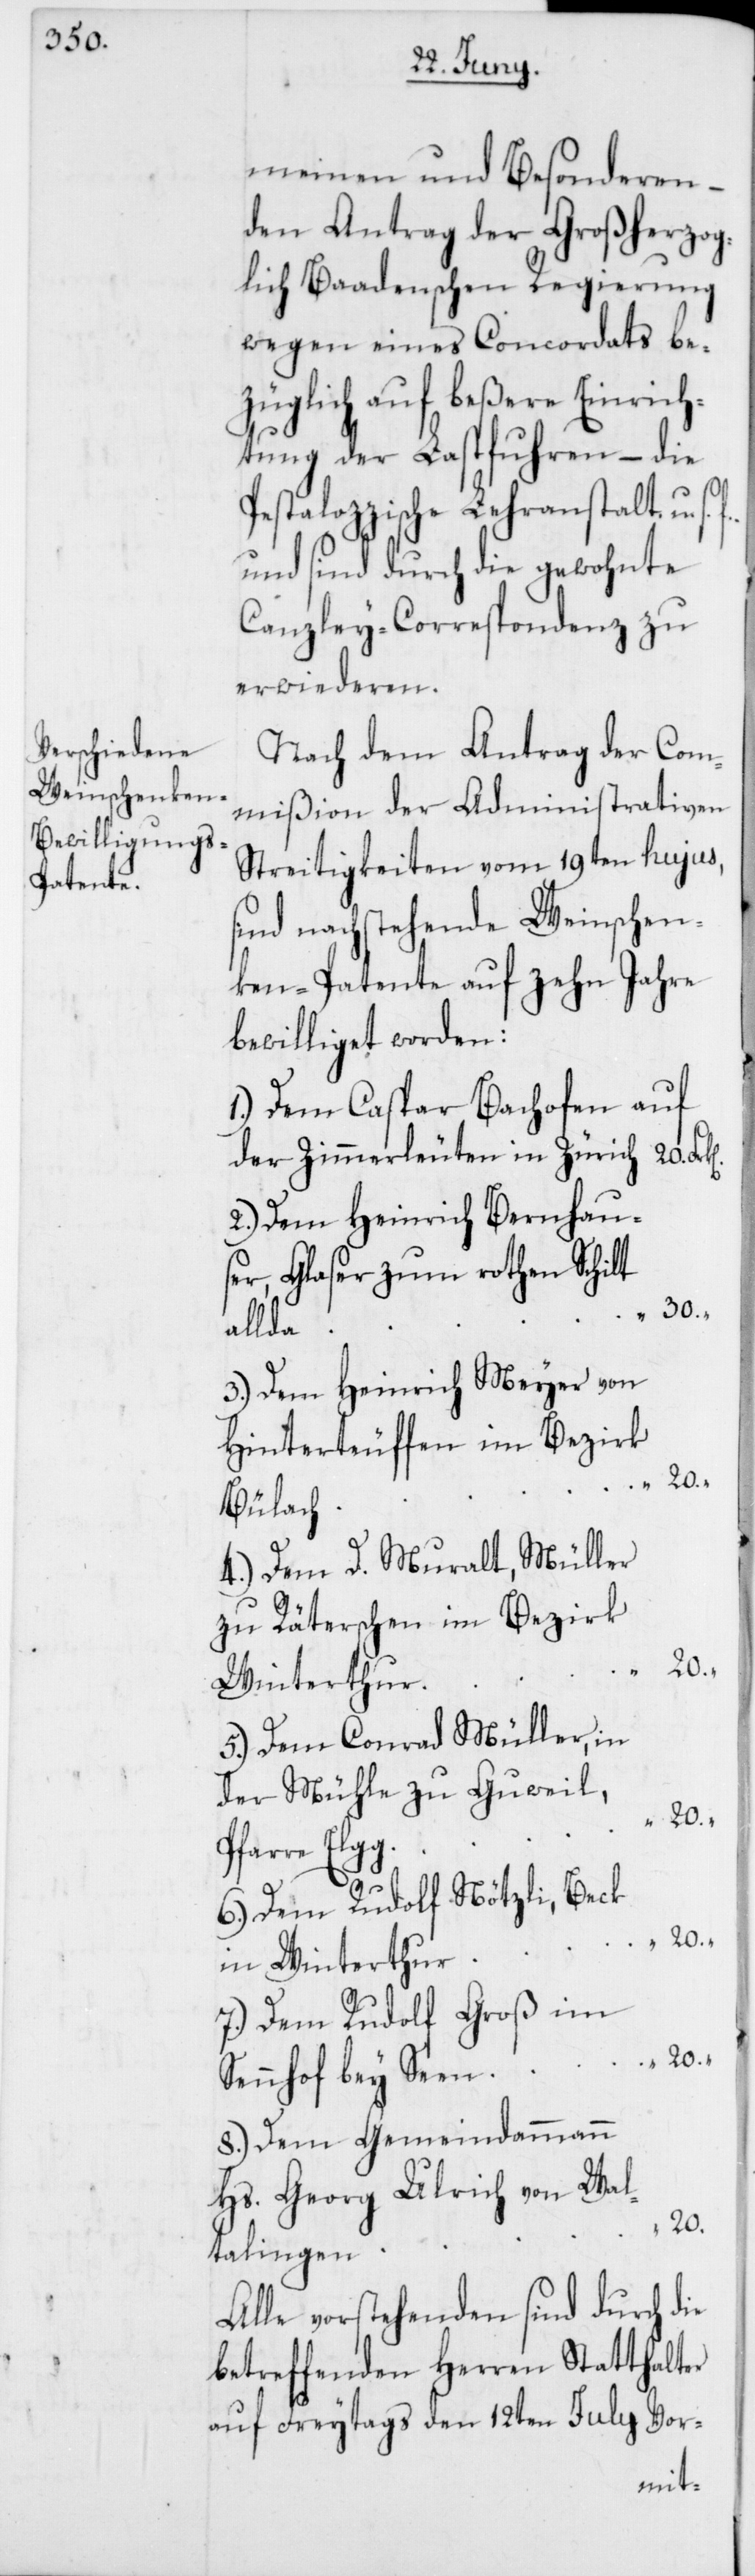
meinen und Besonderen –
den Antrag der Großherzog¬
lich Baadenschen Regierung
wegen eines Concordats be¬
züglich auf beßere Einrich¬
tung der Lastfuhren – die
Pestalozzische Lehranstalt. u. s.
und sind durch die gewohnte
Canzley-Correspondenz zu
erwideren.
Nach dem Antrag der Com¬
mißion der Administrativen
Streitigkeiten vom 19ten hujus,
sind nachstehende Weinschen¬
ken-Patente auf zehn Jahre
bewilliget worden:
1.) Dem Caspar Bachofen auf
der Zimmerleuten in Zürich,
2.) Dem Heinrich Bernhau¬
ser, Glaser zum rothen Schilt
allda
3.) Dem Heinrich Meyer von
Hinterteuffen im Bezirk
Bülach
4.) Dem D. Muralt, Müller
zu Räterschen im Bezirk
Winterthur
5.) Dem Conrad Müller, in
der Mühle zu Guweil,
Pfarre Elgg
6.) Dem Rudolf Nötzli, Beck
in Winterthur
7.) Dem Rudolf Groß, im
Sennhof bey Seen
8.) Dem Gemeindammann
Hs. Georg Ulrich, von Wal¬
20.
talingen
Alle vorstehenden sind durch die
betreffenden Herren Statthalter
auf Freytags den 12ten July Vor-